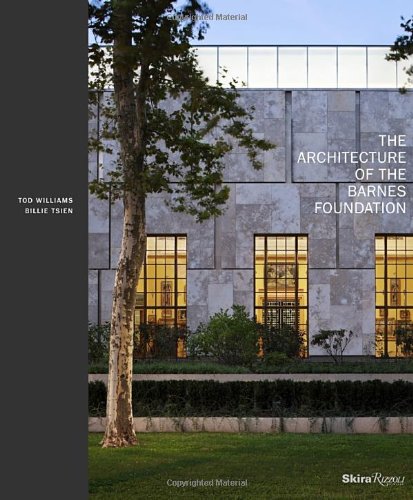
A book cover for The Architecture of the Barnes Foundation: Gallery in a Garden, Garden in a Gallery; Tod Williams; Politics & Social Sciences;